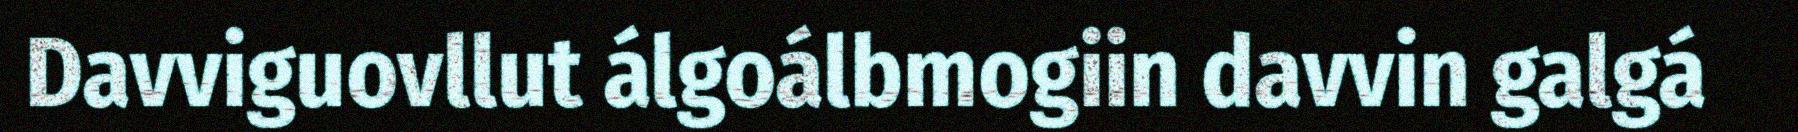
Davviguovllut álgoálbmogiin davvin galgá